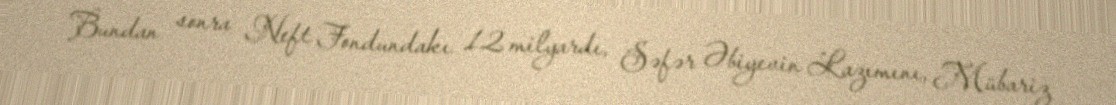
Bundan sonra Neft Fondundakı 12 milyardı, Səfər Əbiyevin Lazımını, Mübariz